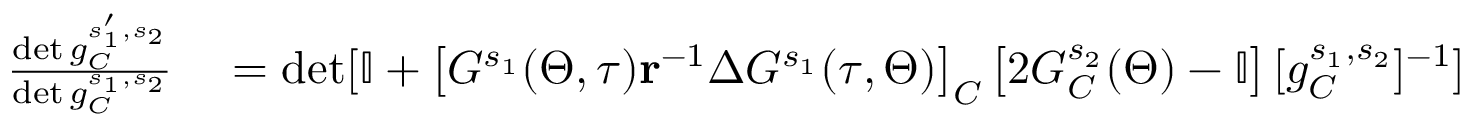
\begin{array} { r l } { \frac { \operatorname* { d e t } g _ { C } ^ { s _ { 1 } ^ { \prime } , s _ { 2 } } } { \operatorname* { d e t } g _ { C } ^ { s _ { 1 } , s _ { 2 } } } } & { { } = \operatorname* { d e t } [ \mathbb { I } + \left[ G ^ { s _ { 1 } } ( \Theta , \tau ) \mathbf { r } ^ { - 1 } \Delta G ^ { s _ { 1 } } ( \tau , \Theta ) \right] _ { C } \left[ 2 G _ { C } ^ { s _ { 2 } } ( \Theta ) - \mathbb { I } \right] [ g _ { C } ^ { s _ { 1 } , s _ { 2 } } ] ^ { - 1 } ] } \end{array}